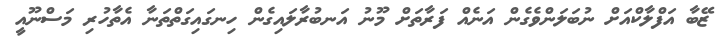
ޒޭބާ އަފްލާކްއަށް ނުބަލަންވެގެން އަނެއް ފަރާތަށް މޫނު އަނބުރާލައިގެން ހިނގައިގަތްތަނާ އެތާހުރި މަސްނޫއީ